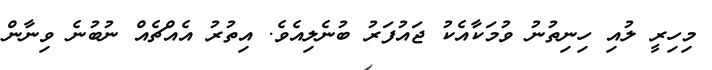
މިހިރީ ލުއި ހިނިތުނު ވުމަކާއެކު ޖައުފަރު ބުނެލިއެވެ. އިތުރު އެއްޗެއް ނުބުނެ ވިނާން